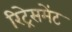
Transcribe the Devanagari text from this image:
रिट्रेसमेंट